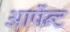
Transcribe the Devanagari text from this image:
आर्पेन्ट